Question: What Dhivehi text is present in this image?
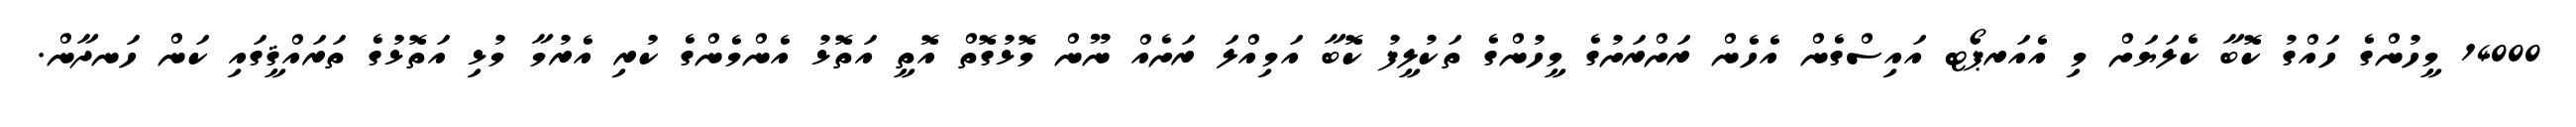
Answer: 14000 މީހުންގެ ހައްގު ކޮބާ ކެލަޔަށް މި އެއަރޕޯޓ އައިސްގެން އެހެން ރަށްރަށުގެ މީހުންގެ ތަކުލީފު ކޮބާ އަމިއްލަ ރަށެއް ނޫން މޮޅުގޮތް އޮތީ އަތޮޅު އެންމެންގެ ކުރި އެރުމާ މުޅި އަތޮޅުގެ ތަރައްޤީގައި ކަން ހަނދާން.